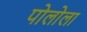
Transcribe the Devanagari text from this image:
पोलोला